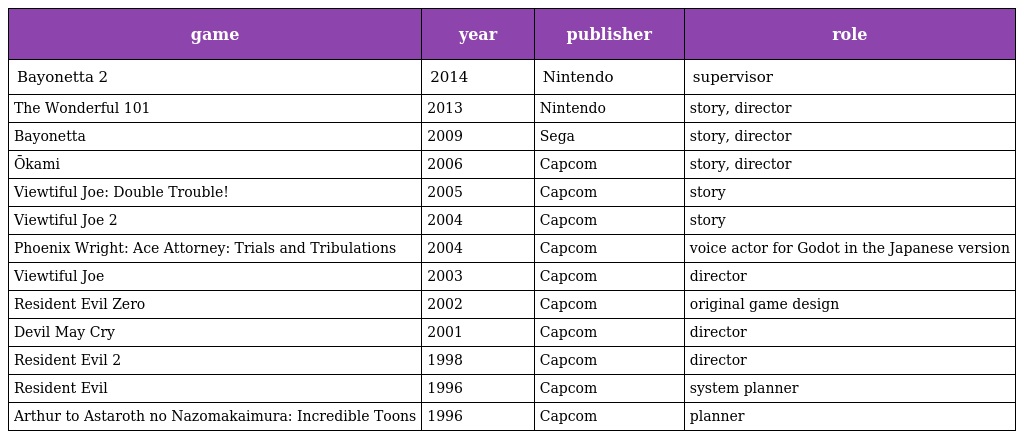
| game | year | publisher | role |
 | --- | --- | --- | --- |
 | Bayonetta 2 | 2014 | Nintendo | supervisor |
 | The Wonderful 101 | 2013 | Nintendo | story, director |
 | Bayonetta | 2009 | Sega | story, director |
 | Ōkami | 2006 | Capcom | story, director |
 | Viewtiful Joe: Double Trouble! | 2005 | Capcom | story |
 | Viewtiful Joe 2 | 2004 | Capcom | story |
 | Phoenix Wright: Ace Attorney: Trials and Tribulations | 2004 | Capcom | voice actor for Godot in the Japanese version |
 | Viewtiful Joe | 2003 | Capcom | director |
 | Resident Evil Zero | 2002 | Capcom | original game design |
 | Devil May Cry | 2001 | Capcom | director |
 | Resident Evil 2 | 1998 | Capcom | director |
 | Resident Evil | 1996 | Capcom | system planner |
 | Arthur to Astaroth no Nazomakaimura: Incredible Toons | 1996 | Capcom | planner |